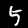
Digit: 5